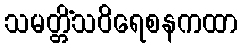
သမတ္တိံသဝိရေစနကထာ